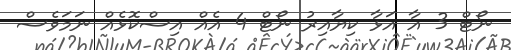
ނޯޓް 3 އާ އަޅާ ކިޔާއިރު ނޯޓް 4 އެއް އިސްކޮޅެއް ނަމަވެސް